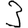
Digit: 3